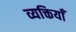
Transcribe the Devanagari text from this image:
व्यक्तियाँ